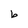
Character: b